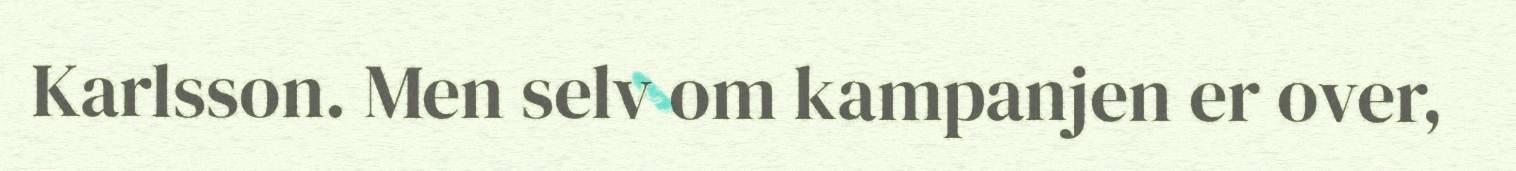
Karlsson. Men selv om kampanjen er over,